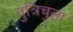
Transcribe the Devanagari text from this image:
नुत्रिचुला